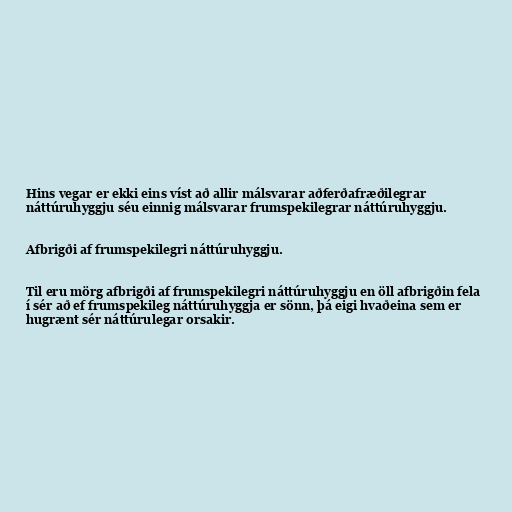
Hins vegar er ekki eins víst að allir málsvarar aðferðafræðilegrar
náttúruhyggju séu einnig málsvarar frumspekilegrar náttúruhyggju.

Afbrigði af frumspekilegri náttúruhyggju.

Til eru mörg afbrigði af frumspekilegri náttúruhyggju en öll afbrigðin fela
í sér að ef frumspekileg náttúruhyggja er sönn, þá eigi hvaðeina sem er
hugrænt sér náttúrulegar orsakir.